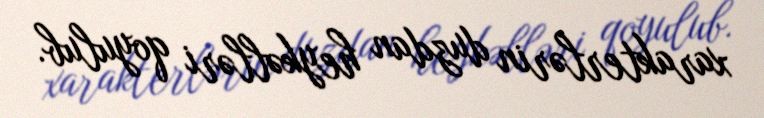
xarakterlərin duzdan heykəlləri qoyulub.